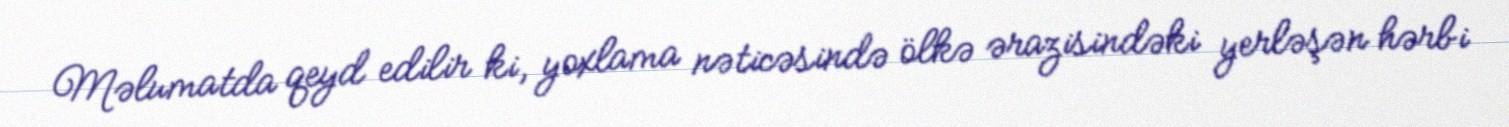
Məlumatda qeyd edilir ki, yoxlama nəticəsində ölkə ərazisindəki yerləşən hərbi